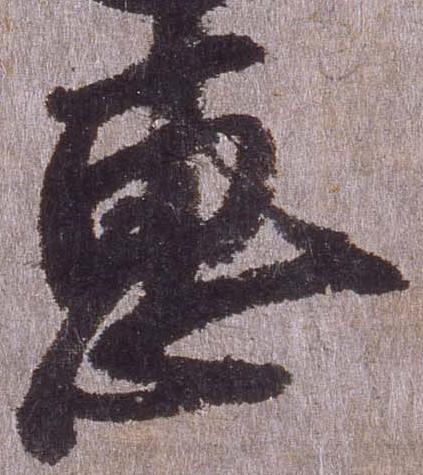
恵